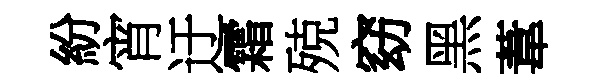
紛宵迂霜殑窈黑葦